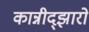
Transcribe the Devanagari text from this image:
कान्नीद्झारो